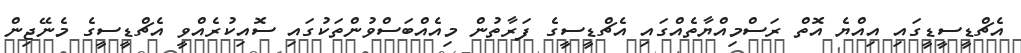
އެޗްޑީސީޑީގައި އިއްޔެ އޮތް ރަސްމިއްޔާތެއްގައި އެޗްޑީސީގެ ފަރާތުން މިއެއްބަސްވުންތަކުގައި ސޮއިކުރެއްވީ އެޗްޑީސީގެ މެނޭޖިން